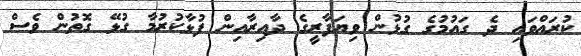
ކުރައްވައި ދެ ގައުމުގެ ގުޅުން ވިޔަފާރީގެ ދާއިރާއިން ފުޅާކުރުމާ ގުޅޭ ގޮތުން ވެސް